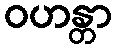
ဝဟန္တာ